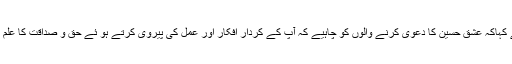
انہو ں نے کہاکہ عشق حسین کا دعویٰ کرنے والوں کو چاہیے کہ آپ کے کردار افکار اور عمل کی پیروی کرتے ہو ئے حق و صداقت کا علم بلند کریں۔